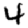
Digit: 4